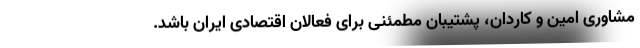
مشاوری امین و کاردان، پشتیبان مطمئنی برای فعالان اقتصادی ایران باشد.